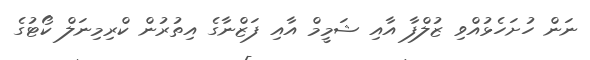
ނަން ހުށަހެޅުއްވި ޒުލްފާ އާއި ޝަމީމް އާއި ފަޒްނާގެ އިތުރުން ކްރިމިނަލް ކޯޓުގެ